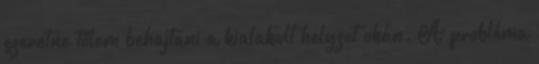
szeretne tőlem behajtani a kialakult helyzet okán. A probléma